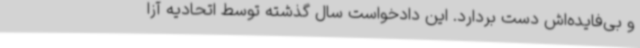
و بی‌فایده‌اش دست بردارد. این دادخواست سال گذشته توسط اتحادیه آزا